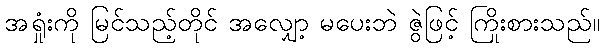
အရှုံးကို မြင်သည့်တိုင် အလျှော့ မပေးဘဲ ဇွဲဖြင့် ကြိုးစားသည်။